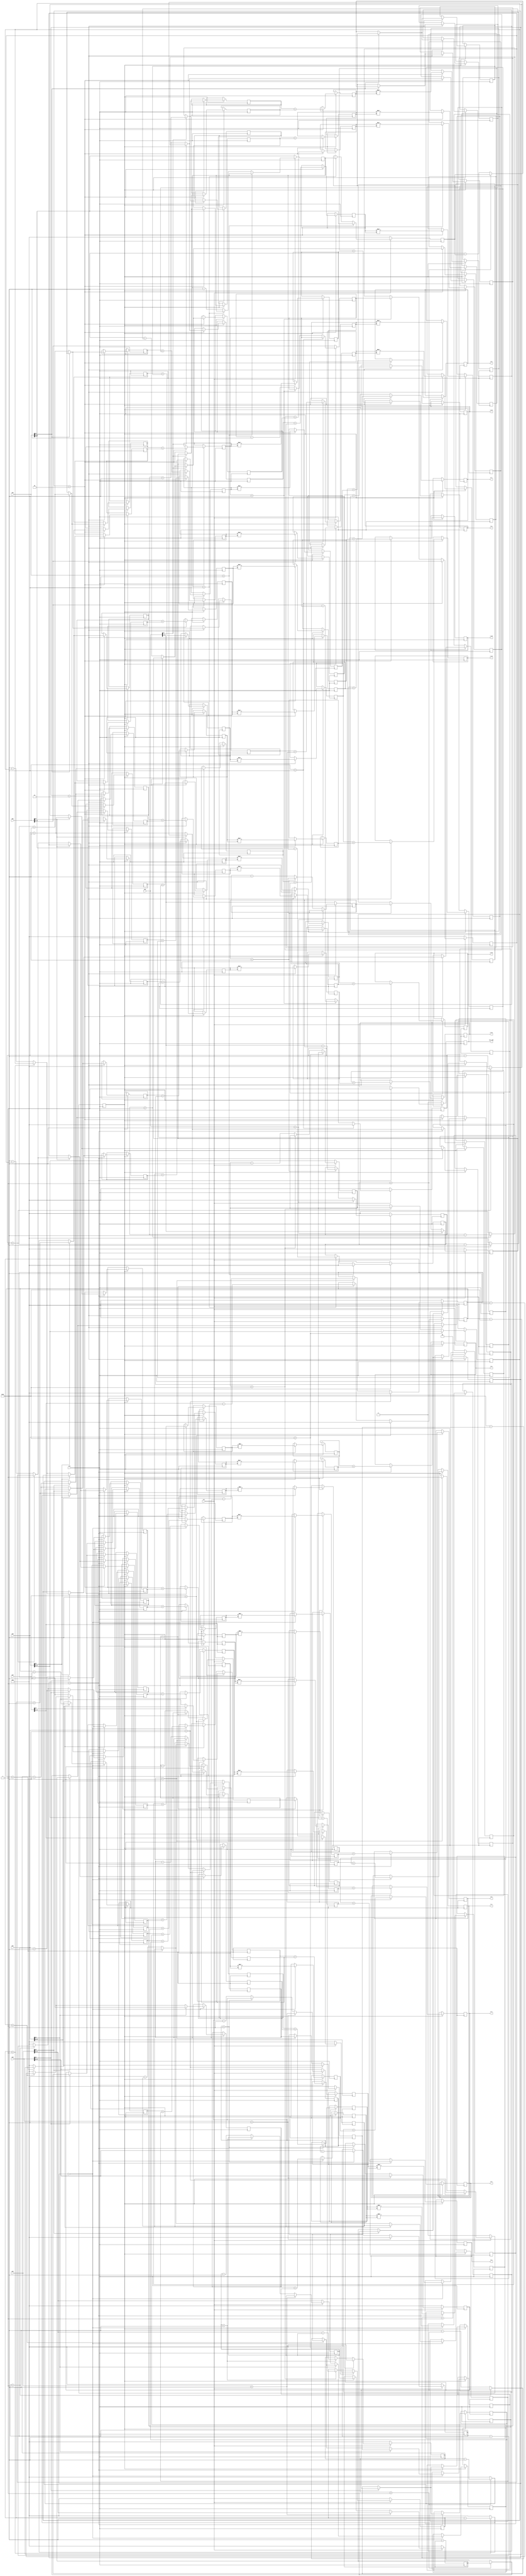
`timescale 1ns / 1ps


module survive(
    input clk,
	 input rst,
	 input[15:0] m11,                    //1
	 input[15:0] m21,
	 input[15:0] m31,
	 input[15:0] m41,
	 input[15:0] m12,                   //1
	 input[15:0] m22,
	 input[15:0] m32,
	 input[15:0] m42,
	 output[29:0] v_1, 
	 output[29:0] v_2, 
	 output[29:0] v_3, 
	 output[29:0] v_4, 
	 output[29:0] v_5, 
	 output[29:0] v_6, 
	 output[29:0] v_7, 
	 output[29:0] v_8, 
	 output[29:0] v_9, 
	 output[29:0] v_10, 
	 output[29:0] v_11, 
	 output[29:0] v_12, 
	 output[29:0] v_13, 
	 output[29:0] v_14,
    output sur_end           //end	 
    );
reg[29:0] v1;               //14
reg[29:0] v2;
reg[29:0] v3;
reg[29:0] v4;
reg[29:0] v5;
reg[29:0] v6;
reg[29:0] v7;
reg[29:0] v8;
reg[29:0] v9;
reg[29:0] v10;
reg[29:0] v11;
reg[29:0] v12;
reg[29:0] v13;
reg[29:0] v14;

assign v_1 = v1;
assign v_2 = v2;
assign v_3 = v3;
assign v_4 = v4;
assign v_5 = v5;
assign v_6 = v6;
assign v_7 = v7;
assign v_8 = v8;
assign v_9 = v9;
assign v_10 = v10;
assign v_11 = v11;
assign v_12 = v12;
assign v_13 = v13;
assign v_14 = v14;

reg[14:0] zheng11;            //m1
reg[14:0] zheng21;
reg[14:0] zheng31;
reg[14:0] zheng41;
reg[14:0] zheng51;
reg[14:0] zheng61;
reg[14:0] zheng71;
reg[14:0] zheng81;
reg[14:0] zheng91;
reg[14:0] zheng101;
reg[14:0] zheng111;
reg[14:0] zheng121;
reg[14:0] zheng131;
reg[14:0] zheng141;

reg[14:0] zheng12;            //m2
reg[14:0] zheng22;
reg[14:0] zheng32;
reg[14:0] zheng42;
reg[14:0] zheng52;
reg[14:0] zheng62;
reg[14:0] zheng72;
reg[14:0] zheng82;
reg[14:0] zheng92;
reg[14:0] zheng102;
reg[14:0] zheng112;
reg[14:0] zheng122;
reg[14:0] zheng132;
reg[14:0] zheng142;

reg[14:0] xiao11;            //m1
reg[14:0] xiao21;
reg[14:0] xiao31;
reg[14:0] xiao41;
reg[14:0] xiao51;
reg[14:0] xiao61;
reg[14:0] xiao71;
reg[14:0] xiao81;
reg[14:0] xiao91;
reg[14:0] xiao101;
reg[14:0] xiao111;
reg[14:0] xiao121;
reg[14:0] xiao131;
reg[14:0] xiao141;

reg[14:0] xiao12;            //m2
reg[14:0] xiao22;
reg[14:0] xiao32;
reg[14:0] xiao42;
reg[14:0] xiao52;
reg[14:0] xiao62;
reg[14:0] xiao72;
reg[14:0] xiao82;
reg[14:0] xiao92;
reg[14:0] xiao102;
reg[14:0] xiao112;
reg[14:0] xiao122;
reg[14:0] xiao132;
reg[14:0] xiao142;

reg[14:0] he11;                //m1
reg[14:0] he21;
reg[14:0] he31;
reg[14:0] he41;
reg[14:0] he51;
reg[14:0] he61;
reg[14:0] he71;
reg[14:0] he81;
reg[14:0] he91;
reg[14:0] he101;
reg[14:0] he111;
reg[14:0] he121;
reg[14:0] he131;
reg[14:0] he141;

reg[29:0] temp11;            //he1
reg[29:0] temp21;
reg[29:0] temp31;
reg[29:0] temp41;
reg[29:0] temp51;
reg[29:0] temp61;
reg[29:0] temp71;
reg[29:0] temp81;
reg[29:0] temp91;
reg[29:0] temp101;
reg[29:0] temp111;
reg[29:0] temp121;
reg[29:0] temp131;
reg[29:0] temp141;

reg[14:0] he12;              //m2
reg[14:0] he22;
reg[14:0] he32;
reg[14:0] he42;
reg[14:0] he52;
reg[14:0] he62;
reg[14:0] he72;
reg[14:0] he82;
reg[14:0] he92;
reg[14:0] he102;
reg[14:0] he112;
reg[14:0] he122;
reg[14:0] he132;
reg[14:0] he142;

reg[29:0] temp12;           //he2
reg[29:0] temp22;
reg[29:0] temp32;
reg[29:0] temp42;
reg[29:0] temp52;
reg[29:0] temp62;
reg[29:0] temp72;
reg[29:0] temp82;
reg[29:0] temp92;
reg[29:0] temp102;
reg[29:0] temp112;
reg[29:0] temp122;
reg[29:0] temp132;
reg[29:0] temp142;

reg[1:0] cnt;
reg[14:0] z11;             //m1
reg[14:0] z21;
reg[14:0] z31;
reg[14:0] z41;
reg[14:0] z12;
reg[14:0] z22;
reg[14:0] z32;
reg[14:0] z42;
reg[14:0] x11;             //m1
reg[14:0] x21;
reg[14:0] x31;
reg[14:0] x41;
reg[14:0] x12;
reg[14:0] x22;
reg[14:0] x32;
reg[14:0] x42;

reg[14:0] yu11;            //
reg[14:0] yu21;
reg[14:0] yu31;
reg[14:0] yu41;
reg[14:0] yu12;
reg[14:0] yu22;
reg[14:0] yu32;
reg[14:0] yu42;
reg finish;                   //
reg sur_over;

assign sur_end = sur_over;

//----------------------------------------------------------------------------------
 
always @(posedge clk)          //
begin
 if(!rst)
  begin
   z11<=0;
   z21<=0;
   z31<=0;
   z41<=0;
	z12<=0;
	z22<=0;
	z32<=0;
	z42<=0;
	x11<=0;
   x21<=0;
   x31<=0;
   x41<=0;
	x12<=0;
	x22<=0;
	x32<=0;
	x42<=0;
   yu11<=m11;
   yu21<=m21;
   yu31<=m31;
   yu41<=m41;
	yu12<=m12;
	yu22<=m22;
	yu32<=m32;
	yu42<=m42;
	finish<=0;
  end
 else
  begin
	if(m11<100)                  //m11
	 begin
	  z11<=0;
	  x11<=m11;
	 end
	else                       //
	 begin
	  if(yu11<100)               //
	   begin
		 z11<=m11-yu11;         //	 
		 x11<=yu11;
		 finish<=1;
		end
	  else
	   begin
		 yu11<=yu11-100;
		end
	end
	
	if(m21<100)                  //m21
	 begin
	  z21<=0;
	  x21<=m21;
	 end
	else                       //
	 begin
	  if(yu21<100)               //
	   begin
		 z21<=m21-yu21;         //
		 x21<=yu21;
		end
	  else
	   begin
		 yu21<=yu21-100;
		end
	end
	
	if(m31<100)                  //m31
	 begin
	  z31<=0;
	  x31<=m31;
	 end
	else                       //
	 begin
	  if(yu31<100)               //
	   begin
		 z31<=m31-yu31;         //
		 x31<=yu31;
		end
	  else
	   begin
		 yu31<=yu31-100;
		end
	end
	
	if(m41<100)                  //m41
	 begin
	  z41<=0;
	  x41<=m41;
	 end
	else                       //
	 begin
	  if(yu41<100)               //
	   begin
		 z41<=m41-yu41;         //
		 x41<=yu41;
		end
	  else
	   begin
		 yu41<=yu41-100;
		end
	end                                                  //m14
//---------------------------------------------------------------------------------	
	if(m12<100)                  //m12
	begin
	  z12<=0;
	  x12<=m12;
	 end
	else                       //
	 begin
	  if(yu12<100)               //
	   begin
		 z12<=m12-yu12;         //
		 x12<=yu12;
		end
	  else
	   begin
		 yu12<=yu12-100;
		end
	end
	
	if(m22<100)                  //m22
	 begin
	  z22<=0;
	  x22<=m22;
	 end
	else                       //?	 
	begin
	  if(yu22<100)               //
	   begin
		 z22<=m22-yu22;         //
		 x22<=yu22;
		end
	  else
	   begin
		 yu22<=yu22-100;
		end
	end
	
	if(m32<100)                  //m32
	 begin
	  z32<=0;
	  x32<=m32;
	 end
	else                       //
	 begin
	  if(yu32<100)               //
	   begin
		 z32<=m32-yu32;         //
		 x32<=yu32;
		end
	  else
	   begin
		 yu32<=yu32-100;
		end
	end
	
	if(m42<100)                  //m42
	 begin
	  z42<=0;
	  x42<=m42;
	 end
	else                       //
	 begin
	  if(yu42<100)   
	  begin
		 z42<=m42-yu42;         //		 
		 x42<=yu42;
		end
	  else
	   begin
		 yu42<=yu42-100;
		end
	end
 end
end
//------------------------------------------------------------------
//------------------------------------------------------------------
always @(posedge clk)               //
begin
 if(!finish)
  begin
   cnt<=0;
	sur_over<=0;
  end
 else
  begin
   cnt<=cnt+1;
	case(cnt)
	      0: begin                                //t0?			    
			    if(m11[15]==1)                       //1610
				  begin
				   if(z11>1)                      // 
					 begin
				     zheng11<=z11-100;
					  zheng21<=z11+100;
					  xiao11<=x11;
					  xiao21<=x11;
					 end
					else                              //-0.x
					 begin
					  zheng11<=0;
					  zheng21<=z11+100;
					  xiao11<=100-x11;
					  xiao21<=x11;
					 end
					he11<=zheng11+xiao11;
					he21<=zheng21+xiao21;
					temp11<=he11*he11;
					temp21<=he21*he21;
				  end
				 else                                //
				  begin
				   if(z11>1)                    //
					 begin
				     zheng11<=z11+100;
					  zheng21<=z11-100;
				     xiao11<=x11;
					  xiao21<=x11;
					 end
					else                              //
					 begin
					  zheng11<=z11+100;
					  zheng21<=0;
					  xiao11<=x11;
					  xiao21<=100-x11;
					 end
					  he11<=zheng11+xiao11;
					  he21<=zheng21+xiao21;
					  temp11<=he11*he11;
					  temp21<=he21*he21;
				  end
				  //m2
				 if(m12[15]==1)
				  begin
				   if(z12>1)
					 begin
				     zheng12<=z12-100;
					  zheng22<=z12+100;
					  xiao12<=x12;
					  xiao22<=x12;
					 end
					else
					 begin
					  zheng12<=0;
					  zheng22<=z12+100;
					  xiao12<=100-x12;
					  xiao22<=x12;
					 end
					he12<=zheng12+xiao12;
					he22<=zheng22+xiao22;
					temp12<=he12*he12;
					temp22<=he22*he22;
				  end
				 else
				  begin
				   if(z12>1)
					 begin
				     zheng12<=z12+100;
					  zheng22<=z12-100;
				     xiao12<=x12;
					  xiao22<=x12;
					 end
					else
					 begin
					  zheng12<=z12+100;
					  zheng22<=0;
					  xiao12<=x12;
					  xiao22<=100-x12;
					 end
					  he12<=zheng12+xiao12;
					  he22<=zheng22+xiao22;
					  temp12<=he12*he12;
					  temp22<=he22*he22;
				  end
				  v1<=temp11+temp12;                          //
				  v2<=temp21+temp22;
				  //cnt<=cnt+1;
			   end
                                                          //
			1: begin
			    if(m21[15]==1)
				  begin
				   if(z21>1)
					 begin
				     zheng31<=z21-100;
					  zheng41<=z21+100;
					  zheng51<=z21+100;
					  zheng61<=z21-100;
					  xiao31<=x21;
					  xiao41<=x21;
					  xiao51<=x21;
					  xiao61<=x21;
					 end
					else
					 begin
					  zheng31<=0;
					  zheng41<=z21+100;
					  zheng51<=z21+100;
					  zheng61<=0;
					  xiao31<=100-x21;
					  xiao41<=x21;
					  xiao51<=x21;
					  xiao61<=100-x21;
					 end
					he31<=zheng31+xiao31;
					he41<=zheng41+xiao41;
					he51<=zheng51+xiao51;
					he61<=zheng61+xiao61;
					temp31<=he31*he31;
					temp41<=he41*he41;
					temp51<=he51*he51;
					temp61<=he61*he61;
				  end
				 else
				  begin
				   if(z21>1)
					 begin
				     zheng31<=z21+100;
					  zheng41<=z21-100;
					  zheng51<=z21-100;
					  zheng61<=z21+100;
				     xiao31<=x21;
					  xiao41<=x21;
					  xiao51<=x21;
					  xiao61<=x21;
					 end
					else
					 begin
					  zheng31<=z21+100;
					  zheng41<=0;
					  zheng51<=0;
					  zheng61<=z21+100;
					  xiao31<=x21;
					  xiao41<=100-x21;
					  xiao51<=100-x21;
					  xiao61<=x21;
					 end
					  he31<=zheng31+xiao31;
					  he41<=zheng41+xiao41;
					  he51<=zheng51+xiao51;
					  he61<=zheng61+xiao61;
					  temp31<=he31*he31;
					  temp41<=he41*he41;
					  temp51<=he51*he51;
					  temp61<=he61*he61;
				  end
				                                               //m2
			if(m22[15]==1)
				  begin
				   if(z22>1)
					 begin
				     zheng32<=z22-100;
					  zheng42<=z22-100;
					  zheng52<=z22+100;
					  zheng62<=z22+100;
					  xiao32<=x22;
					  xiao42<=x22;
					  xiao52<=x22;
					  xiao62<=x22;
					 end
					else
					 begin
					  zheng32<=0;
					  zheng42<=0;
					  zheng52<=z22+100;
					  zheng62<=z22+100;
					  xiao32<=100-x22;
					  xiao42<=100-x22;
					  xiao52<=x22;
					  xiao62<=x22;
					 end
					he32<=zheng32+xiao32;
					he42<=zheng42+xiao42;
					he52<=zheng52+xiao52;
					he62<=zheng62+xiao62;
					temp32<=he32*he32;
					temp42<=he42*he42;
					temp52<=he52*he52;
					temp62<=he62*he62;
				  end
				 else
				  begin
				   if(z22>1)
					 begin
				     zheng32<=z22+100;
					  zheng42<=z22+100;
					  zheng52<=z22-100;
					  zheng62<=z22-100;
				     xiao32<=x22;
					  xiao42<=x22;
					  xiao52<=x22;
					  xiao62<=x22;
					 end
					else
					 begin
					  zheng32<=z22+100;
					  zheng42<=z22+100;
					  zheng52<=0;
					  zheng62<=0;
					  xiao32<=x22;
					  xiao42<=x22;
					  xiao52<=100-x22;
					  xiao62<=100-x22;
					 end
					  he32<=zheng32+xiao32;
					  he42<=zheng42+xiao42;
					  he52<=zheng52+xiao52;
					  he62<=zheng62+xiao62;
					  temp32<=he32*he32;
					  temp42<=he42*he42;
					  temp52<=he52*he52;
					  temp62<=he62*he62;
				  end
				  v3<=temp31+temp32;
				  v4<=temp41+temp42;
				  v5<=temp51+temp52;
				  v6<=temp61+temp62;
				  //cnt<=cnt+1;
				end
			2: begin
			    if(m31[15]==1)
				  begin
				   if(z31>1)
					 begin
				     zheng71<=z31-100;
					  zheng81<=z31+100;
					  zheng91<=z31+100;
					  zheng101<=z31-100;
					  xiao71<=x31;
					  xiao81<=x31;
					  xiao91<=x31;
					  xiao101<=x31;
					 end
					else
					 begin
					  zheng71<=0;
					  zheng81<=z31+100;
					  zheng91<=z31+100;
					  zheng101<=0;
					  xiao71<=100-x31;
					  xiao81<=x31;
					  xiao91<=x31;
					  xiao101<=100-x31;
					 end
					he71<=zheng71+xiao71;
					he81<=zheng81+xiao81;
					he91<=zheng91+xiao91;
					he101<=zheng101+xiao101;
					temp71<=he71*he71;
					temp81<=he81*he81;
					temp91<=he91*he91;
					temp101<=he101*he101;
				  end
				 else
				  begin
				   if(z31>1)
					 begin
				     zheng71<=z31+100;
					  zheng81<=z31-100;
					  zheng91<=z31-100;
					  zheng101<=z31+100;
				     xiao71<=x31;
					  xiao81<=x31;
					  xiao91<=x31;
					  xiao101<=x31;
					 end
					else
					 begin
					  zheng71<=z31+100;
					  zheng81<=0;
					  zheng91<=0;
					  zheng101<=z31+100;
					  xiao71<=x31;
					  xiao81<=100-x31;
					  xiao91<=100-x31;
					  xiao101<=x31;
					 end
					  he71<=zheng71+xiao71;
					  he81<=zheng81+xiao81;
					  he91<=zheng91+xiao91;
					  he101<=zheng101+xiao101;
					  temp71<=he71*he71;
					  temp81<=he81*he81;
					  temp91<=he91*he91;
					  temp101<=he101*he101;
				  end
				                                               //m2
			if(m32[15]==1)
				  begin
				   if(z32>1)
					 begin
				     zheng72<=z32-100;
					  zheng82<=z32-100;
					  zheng92<=z32+100;
					  zheng102<=z32+100;
					  xiao72<=x32;
					  xiao82<=x32;
					  xiao92<=x32;
					  xiao102<=x32;
					 end
					else
					 begin
					  zheng72<=0;
					  zheng82<=0;
					  zheng92<=z32+100;
					  zheng102<=z32+100;
					  xiao72<=100-x32;
					  xiao82<=100-x32;
					  xiao92<=x32;
					  xiao102<=x32;
					 end
					he72<=zheng72+xiao72;
					he82<=zheng82+xiao82;
					he92<=zheng92+xiao92;
					he102<=zheng102+xiao102;
					temp72<=he72*he72;
					temp82<=he82*he82;
					temp92<=he92*he92;
					temp102<=he102*he102;
				  end
				 else
				  begin
				   if(z32>1)
					 begin
				     zheng72<=z32+100;
					  zheng82<=z32+100;
					  zheng92<=z32-100;
					  zheng102<=z32-100;
				     xiao72<=x32;
					  xiao82<=x32;
					  xiao92<=x32;
					  xiao102<=x32;
					 end
					else
					 begin
					  zheng72<=z32+100;
					  zheng82<=z32+100;
					  zheng92<=0;
					  zheng102<=0;
					  xiao72<=x32;
					  xiao82<=x32;
					  xiao92<=100-x32;
					  xiao102<=100-x32;
					 end
					  he72<=zheng72+xiao72;
					  he82<=zheng82+xiao82;
					  he92<=zheng92+xiao92;
					  he102<=zheng102+xiao102;
					  temp72<=he72*he72;
					  temp82<=he82*he82;
					  temp92<=he92*he92;
					  temp102<=he102*he102;
				  end
				  v7<=temp71+temp72;
				  v8<=temp81+temp82;
				  v9<=temp91+temp92;
				  v10<=temp101+temp102;
				  //cnt<=cnt+1;
				end
				 
			3: begin
			    if(m41[15]==1)
				  begin
				   if(z41>1)
					 begin
				     zheng111<=z41-100;
					  zheng121<=z41+100;
					  zheng131<=z41+100;
					  zheng141<=z41-100;
					  xiao111<=x41;
					  xiao121<=x41;
					  xiao131<=x41;
					  xiao141<=x41;
					 end
					else
					 begin
					  zheng111<=0;
					  zheng121<=z41+100;
					  zheng131<=z41+100;
					  zheng141<=0;
					  xiao111<=100-x41;
					  xiao121<=x41;
					  xiao131<=x41;
					  xiao141<=100-x41;
					 end
					he111<=zheng111+xiao111;
					he121<=zheng121+xiao121;
					he131<=zheng131+xiao131;
					he141<=zheng141+xiao141;
					temp111<=he111*he111;
					temp121<=he121*he121;
					temp131<=he131*he131;
					temp141<=he141*he141;
				  end
				 else
				  begin
				   if(z41>1)
					 begin
				     zheng111<=z41+100;
					  zheng121<=z41-100;
					  zheng131<=z41-100;
					  zheng141<=z41+100;
				     xiao111<=x41;
					  xiao121<=x41;
					  xiao131<=x41;
					  xiao141<=x41;
					 end
					else
					 begin
					  zheng111<=z41+100;
					  zheng121<=0;
					  zheng131<=0;
					  zheng141<=z41+100;
					  xiao111<=x41;
					  xiao121<=100-x41;
					  xiao131<=100-x41;
					  xiao141<=x41;
					 end
                 he111<=zheng111+xiao111;					  
                 he121<=zheng121+xiao121;
                 he131<=zheng131+xiao131;					  
                 he141<=zheng141+xiao141;
					  temp111<=he111*he111;
					  temp121<=he121*he121;
					  temp131<=he131*he131;
					  temp141<=he141*he141;
				  end
				                                  
             //m2
			if(m42[15]==1)
				  begin
				   if(z42>1)
					 begin
				     zheng112<=z42-100;
					  zheng122<=z42-100;
					  zheng132<=z42+100;
					  zheng142<=z42+100;
					  xiao112<=x42;
					  xiao122<=x42;
					  xiao132<=x42;
					  xiao142<=x42;
					 end
					else
					 begin
					  zheng112<=0;
					  zheng122<=0;
					  zheng132<=z42+100;
					  zheng142<=z42+100;
					  xiao112<=100-x42;
					  xiao122<=100-x42;
					  xiao132<=x42;
					  xiao142<=x42;
					 end
					he112<=zheng112+xiao112;
					he122<=zheng122+xiao122;
					he132<=zheng132+xiao132;
					he142<=zheng142+xiao142;
					temp112<=he112*he112;
					temp122<=he122*he122;
					temp132<=he132*he132;
					temp142<=he142*he142;
				  end
				 else
				  begin
				   if(z42>1)
					 begin
				     zheng112<=z42+100;
					  zheng122<=z42+100;
					  zheng132<=z42-100;
					  zheng142<=z42-100;
				     xiao112<=x42;
					  xiao122<=x42;
					  xiao132<=x42;
					  xiao142<=x42;
					 end
					else
					 begin
					  zheng112<=z42+100;
					  zheng122<=z42+100;
					  zheng132<=0;
					  zheng142<=0;
					  xiao112<=x42;
					  xiao122<=x42;
					  xiao132<=100-x42;
					  xiao142<=100-x42;
					 end					  
                 he112<=zheng112+xiao112;					  
                 he122<=zheng122+xiao122;					  
                 he132<=zheng132+xiao132;	
                 he142<=zheng142+xiao142;
					  temp112<=he112*he112;
					  temp122<=he122*he122;
					  temp132<=he132*he132;
					  temp142<=he142*he142;
				  end
				  v11<=temp111+temp112;
				  v12<=temp121+temp122;
				  v13<=temp131+temp132;
				  v14<=temp141+temp142;
				  sur_over<=1;
				end
	 endcase
	end
end

endmodule